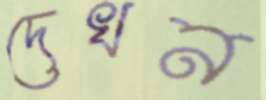
দেখন